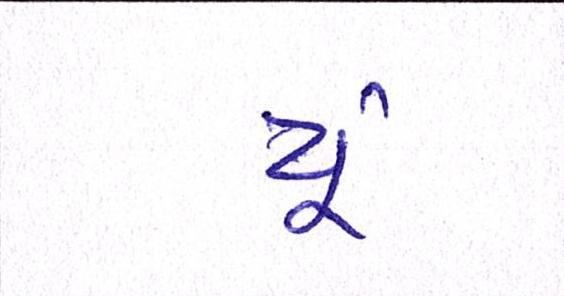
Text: યૂઁ